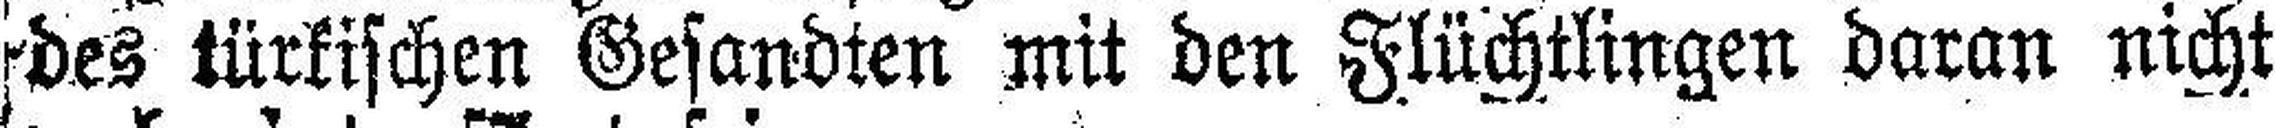
des türkischen Gesandten mit den Flüchtlingen daran nicht